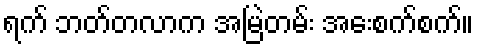
ရက် ဘတ်တလာက အမြဲတမ်း အေးစက်စက်။